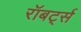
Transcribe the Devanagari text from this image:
रॉबर्ट्‍स